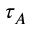
\tau _ { A }